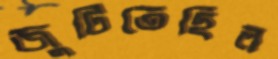
জুটিতেছিল